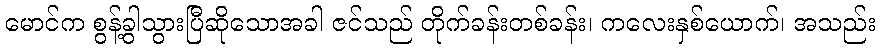
မောင်က စွန့်ခွါသွားပြီဆိုသောအခါ ဇင်သည် တိုက်ခန်းတစ်ခန်း၊ ကလေးနှစ်ယောက်၊ အသည်း